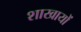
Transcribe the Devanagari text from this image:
शाखायों